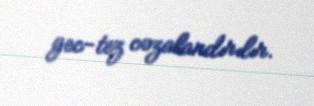
gec-tez cəzalandırılır.